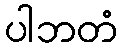
ပါဘတံ